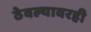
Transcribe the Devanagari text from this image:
ठेवल्यावरही